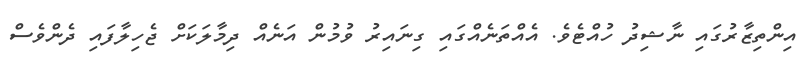
އިންތިޒާރުގައި ނާޝިދު ހުއްޓެވެ. އެއްތަނެއްގައި ގިނައިރު ވުމުން އަނެއް ދިމާލަކަށް ޖެހިލާފައި ދެންވެސް